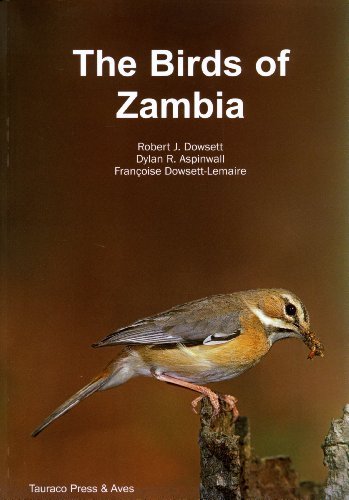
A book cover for The Birds of Zambia: An Atlas and Handbook by Dowsett, Robert J, Aspinwall, Dylan R, Dowsett-Lemaire, Fran (2008) Paperback; Robert J, Aspinwall, Dylan R, Dowsett-Lemaire, Fran Dowsett; Travel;